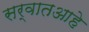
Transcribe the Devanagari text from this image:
सर्वातआहे